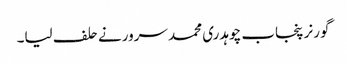
گورنر پنجاب چوہدری محمد سرورنے حلف لیا۔